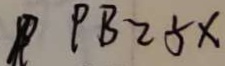
P B = 5 x